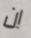
ان